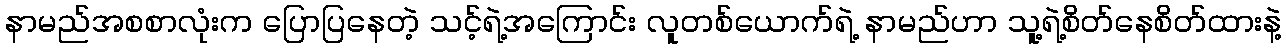
နာမည်အစစာလုံးက ပြောပြနေတဲ့ သင့်ရဲ့အကြောင်း လူတစ်ယောက်ရဲ့ နာမည်ဟာ သူ့ရဲ့စိတ်နေစိတ်ထားနဲ့